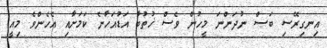
އިނގިރޭސި ބަސް ނުދަންނަ މީހުން ވެސް ޚުތުބާ އަޑުއަހާނެ ކަމަށާއި އެހެންވެ މިއީ